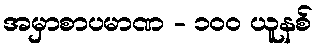
အမှာစာပမာဏ - ၁၀၀ ယူနစ်